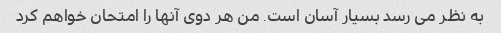
به نظر می رسد بسیار آسان است. من هر دوی آنها را امتحان خواهم کرد